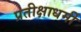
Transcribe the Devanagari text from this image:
प्रतीक्षाधर्मी